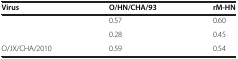
<table><thead><tr><td><b>Virus</b></td><td><b>O/HN/CHA/93</b></td><td><b>rM-HN</b></td></tr></thead><tbody><tr><td>[EMPTY_CELL]</td><td>0.57</td><td>0.60</td></tr><tr><td>[EMPTY_CELL]</td><td>0.28</td><td>0.45</td></tr><tr><td>O/JX/CHA/2010</td><td>0.59</td><td>0.54</td></tr></tbody></table>